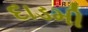
દાડમી